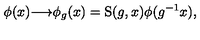
\phi ( x ) { \longrightarrow } \phi _ { g } ( x ) = \mathrm { S } ( g , x ) \phi ( g ^ { - 1 } x ) ,